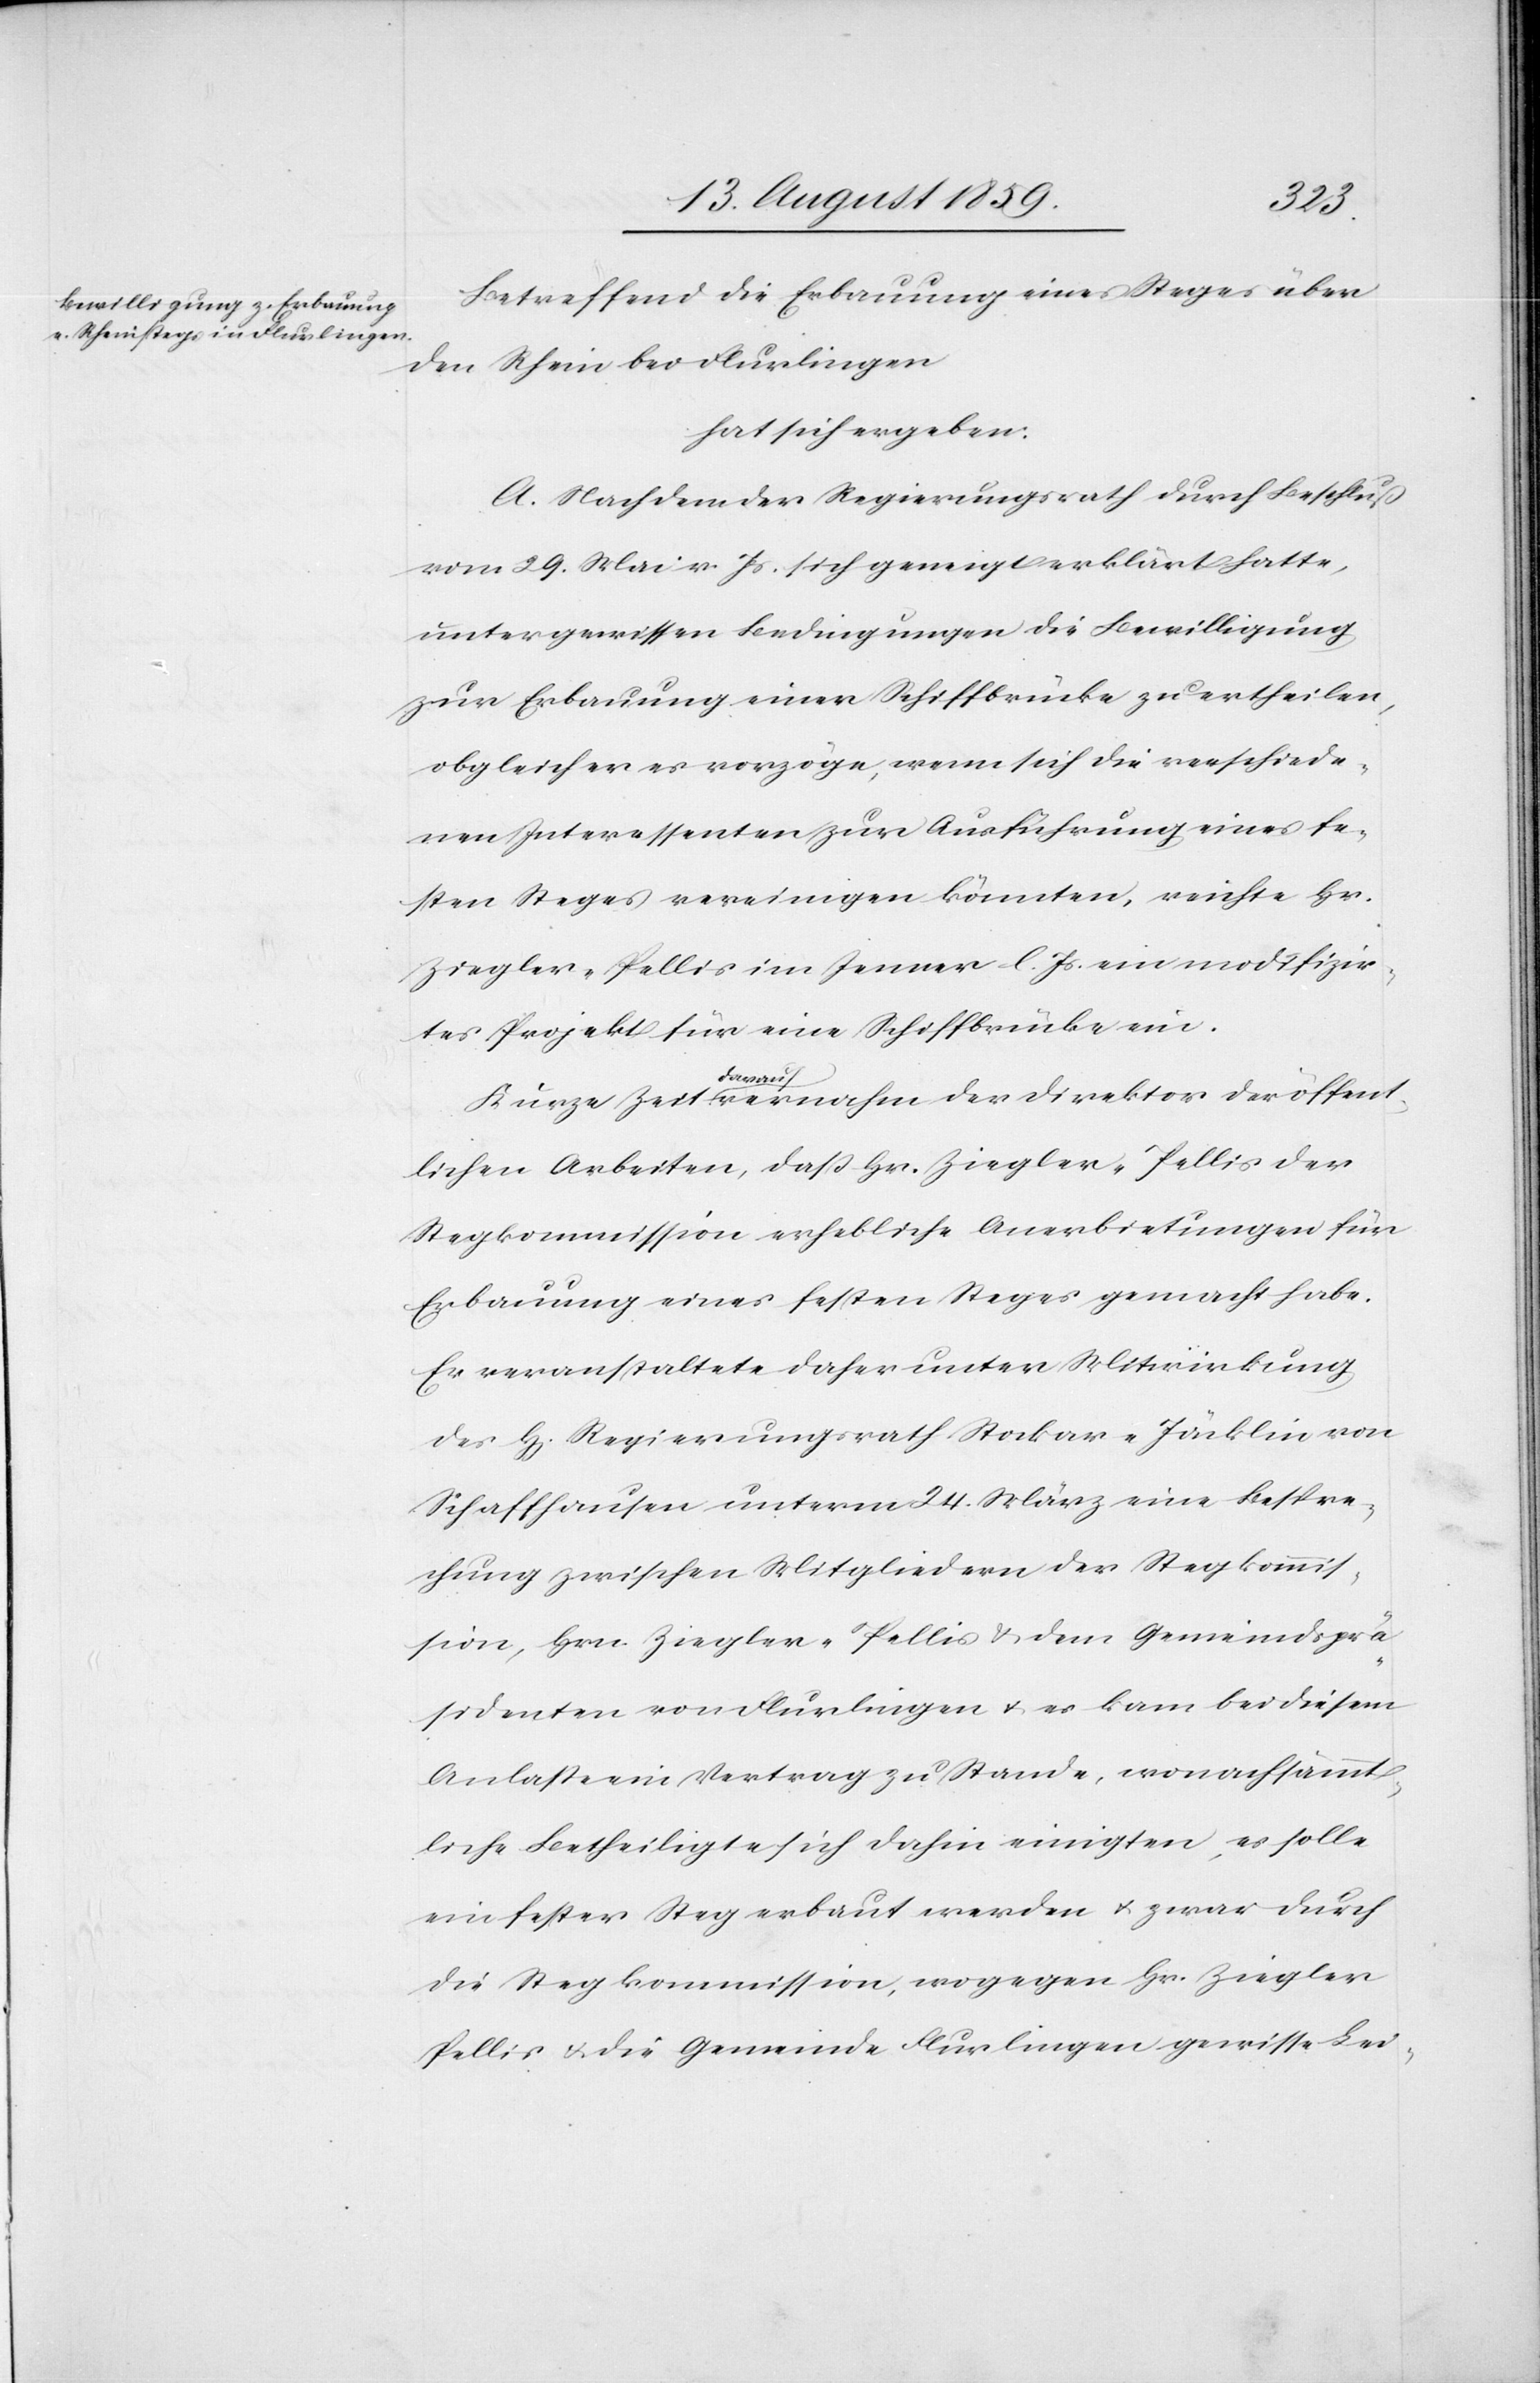
Betreffend die Erbauung eines Steges über
den Rhein bei Flurlingen
hat sich ergeben:
A. Nachdem der Regierungsrath durch Beschluß
vom 29. Mai v. Js. sich geneigt erklärt hatte,
unter gewissen Bedingungen die Bewilligung
zur Erbauung einer Schiffbrücke zu ertheilen,
obgleich er es vorzöge, wenn sich die verschiede¬
nen Interessenten zur Ausführung eines fe¬
sten Steges vereinigen könnten, reichte Hr.
Ziegler-Pellis im Jenner l. Js. ein modifizier¬
tes Projekt für eine Schiffsbrücke ein.
Kurze Zeit darauf vernahm der Direktor der öffent¬
lichen Arbeiten, daß Hr. Ziegler-Pellis der
Stegkommission erhebliche Anerbietungen für
Erbauung eines festen Steges gemacht habe.
Er veranstaltete daher unter Mitwirkung
des H[errn] Regierungsrath Stockar-Jäcklin von
Schaffhausen unterm 24. März eine Bespre¬
chung zwischen Mitgliedern der Stegkommis¬
sion, Hrn. Ziegler-Pellis u. dem Gemeindsprä¬
sidenten von Flurlingen u. es kam bei diesem
Anlasse ein Vertrag zu Stande, wonach sämmt¬
liche Betheiligte sich dahin einigten, es solle
ein fester Steg erbaut werden u. zwar durch
die Stegkommission, wogegen Hr. Ziegler
Pellis u. die Gemeinde Flurlingen gewisse Lei-